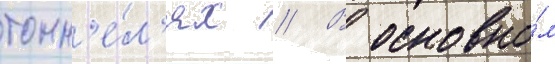
тонн'е́л'ях // В основно́м